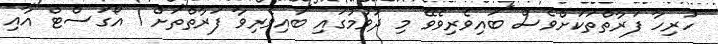
ހުރިހާ ފަރާތްތަކަށްވެސް ބައިވެރިވެވޭ މި ދުވުމުގައި ބައިވެރިވާ ފަރާތްތަށް 1 އޯގަސްޓް އާއި